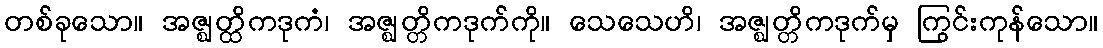
တစ်ခုသော။ အဇ္ဈတ္ထိကဒုကံ၊ အဇ္ဈတ္တိကဒုက်ကို။ သေသေဟိ၊ အဇ္ဈတ္တိကဒုက်မှ ကြွင်းကုန်သော။